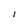
Character: I